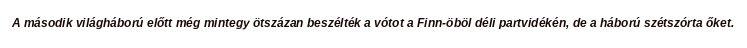
A második világháború előtt még mintegy ötszázan beszélték a vótot a Finn-öböl déli partvidékén, de a háború szétszórta őket.